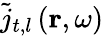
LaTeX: \tilde{{j}}_{t,l}\left(\mathbf{r},{\omega}\right)